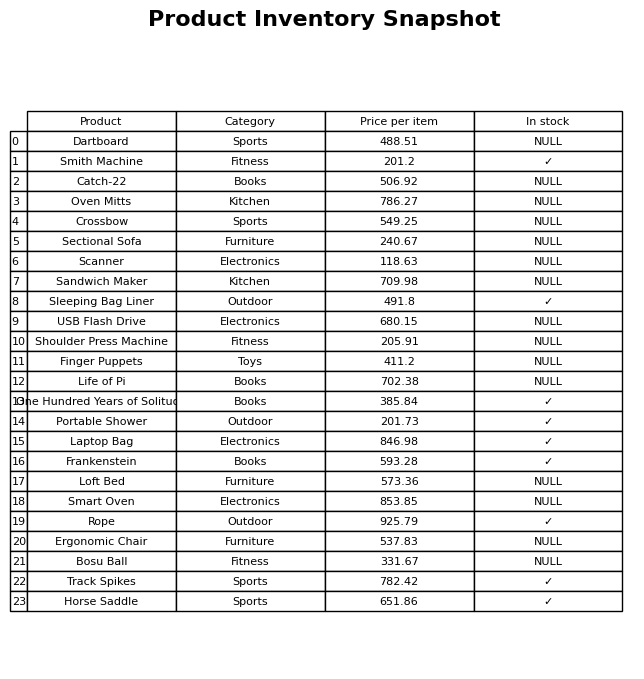
question: What is the price for Life of Pi?
answer: The price of Life of Pi is 702.38.